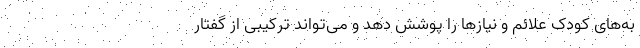
به‌های کودک علائم و نیازها را پوشش دهد و می‌تواند ترکیبی از گفتار